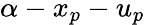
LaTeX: \alpha-x_{p}-u_{p}